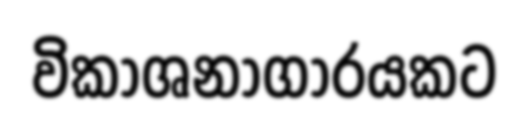
විකාශනාගාරයකට